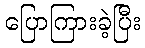
ပြောကြားခဲ့ပြီး